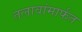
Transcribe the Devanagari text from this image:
तलावांमार्फत